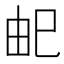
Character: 𭘌